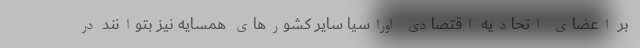
بر اعضای اتحادیه اقتصادی اوراسیا سایر کشورهای همسایه نیز بتوانند در